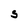
Character: S